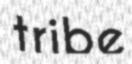
tribe